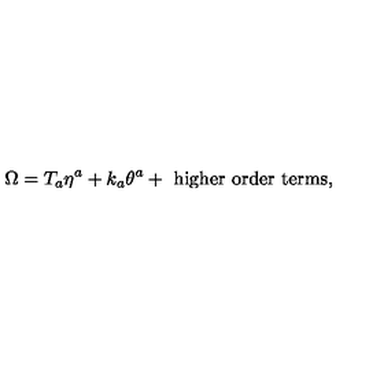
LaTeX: \Omega = T _ { a } \eta ^ { a } + k _ { a } \theta ^ { a } + \mathrm { \ h i g h e r \ o r d e r \ t e r m s } ,